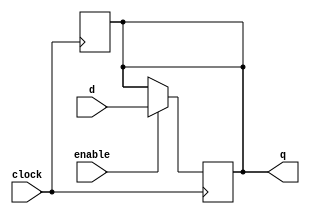
module sequential_logic_block (
  input wire d,
  input wire enable,
  input wire clock,
  output reg q
);

wire latch_out;

// Transparent latch
always @ (posedge clock)
begin
  if (enable)
    q <= d;
end

// D flip-flop
always @ (posedge clock)
begin
  q <= latch_out;
end

endmodule